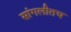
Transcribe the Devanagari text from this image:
सांगलीतच